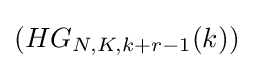
(HG_{N,K,k+r-1}(k))